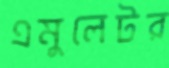
এমুলেটর